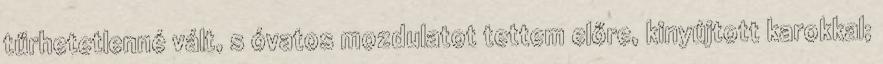
tűrhetetlenné vált, s óvatos mozdulatot tettem előre, kinyújtott karokkal;